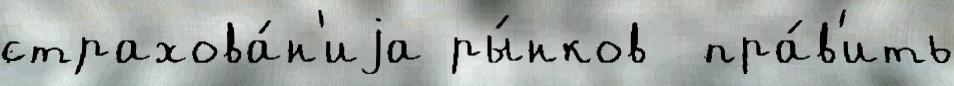
страхова́н'иjа ры́нков  пра́в'ить